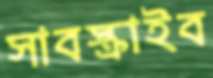
সাবস্ক্রাইব